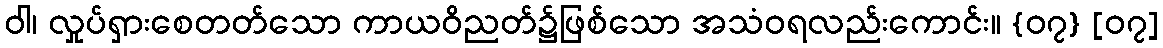
ဝါ၊ လှုပ်ရှားစေတတ်သော ကာယဝိညတ်၌ဖြစ်သော အသံဝရလည်းကောင်း။ {၀၇} [၀၇]